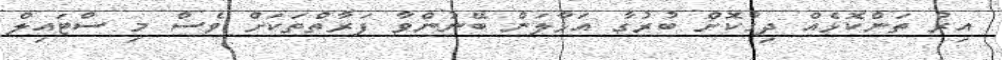
އިރު ތަންކޮޅެއް ދިގުކޮށް ބުރުގާ އަޅާލަން ބޭނުންވާ ފަރާތްތަކަށް ވެސް މި ސްޓައިލް